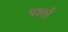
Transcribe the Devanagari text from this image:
पर्श्ले